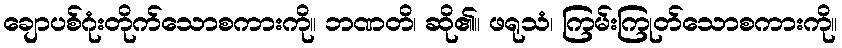
ချောပစ်ဂုံးတိုက်သောစကားကို။ ဘဏတိ၊ ဆို၏။ ဖရုသံ၊ ကြမ်းကြုတ်သောစကားကို။